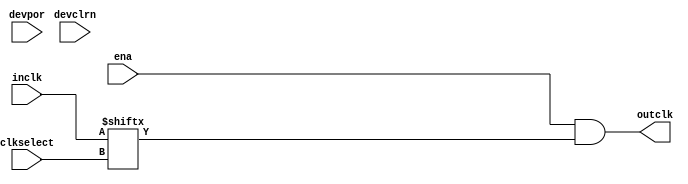
module cycloneiii_clkctrl (
	inclk,
	clkselect,
	ena,
	outclk,
	devclrn, devpor
);

	input [3:0] inclk;
	input [1:0] clkselect;
	input ena;
	input devclrn, devpor;
	
	output outclk;

	parameter clock_type = "unused";
	parameter ena_register_mode = "falling edge";
	parameter lpm_type = "cycloneiii_clkctrl";

	wire clk_muxout;
	wire ena_out;
	wire ena_regd;

	assign clk_muxout = inclk[ clkselect ];

	generate

	if (ena_register_mode == "falling_edge") begin
   		dffep ena_ff (
			.q( ena_regd ),
			.ck( ~clk_muxout ),
			.en( 1'b1 ),
			.d( ena ),
			.s( 1'b0 ),
			.r( 1'b0 )
		);
		assign ena_out = ena_regd;
	end
	else begin
		assign ena_out = ena;
	end

	endgenerate

   assign outclk = ena_out & clk_muxout;

endmodule